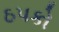
ઠપકો